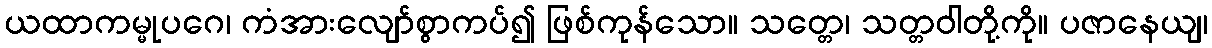
ယထာကမ္မုပဂေ၊ ကံအားလျော်စွာကပ်၍ ဖြစ်ကုန်သော။ သတ္တေ၊ သတ္တဝါတို့ကို။ ပဇာနေယျ၊